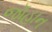
જૉહાન